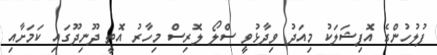
ފުލުހުންގެ އޮފިޝަލަކު މިއަދު ވިދާޅުވީ ސްލޯ ލޮރިސް މިހާރު އޮތީ ދޫނިދޫގައި ކަމަށާއި